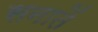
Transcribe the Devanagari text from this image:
सनातें